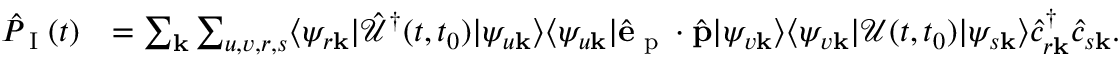
\begin{array} { r l } { \hat { P } _ { \textrm { I } } ( t ) } & { = \sum _ { \mathbf { k } } \sum _ { u , v , r , s } \langle \psi _ { r \mathbf { k } } | \mathcal { \hat { U } } ^ { \dagger } ( t , t _ { 0 } ) | \psi _ { u \mathbf { k } } \rangle \langle \psi _ { u \mathbf { k } } | \hat { \mathbf { e } } _ { \textrm { p } } \cdot \hat { \mathbf { p } } | \psi _ { v \mathbf { k } } \rangle \langle \psi _ { v \mathbf { k } } | \mathcal { U } ( t , t _ { 0 } ) | \psi _ { s \mathbf { k } } \rangle \hat { c } _ { r \mathbf { k } } ^ { \dagger } \hat { c } _ { s \mathbf { k } } . } \end{array}